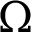
\Omega